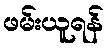
ဖမ်းယူရန်